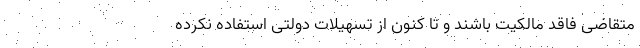
متقاضی فاقد مالکیت باشند و تا کنون از تسهیلات دولتی استفاده نکرده